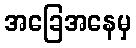
အခြေအနေမှ